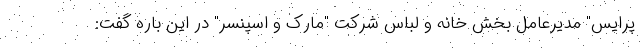
پرایس" مدیرعامل بخش خانه و لباس شرکت "مارک و اسپنسر" در این باره گفت: